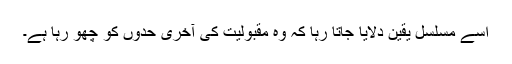
اُسے مسلسل یقین دلایا جاتا رہا کہ وہ مقبولیت کی آخری حدوں کو چھُو رہا ہے۔